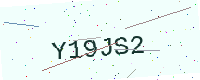
Text: Y19JS2